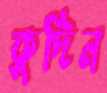
কুদিন